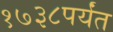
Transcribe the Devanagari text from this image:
१७३८पर्यंत